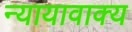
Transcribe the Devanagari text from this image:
न्यायावाक्य